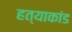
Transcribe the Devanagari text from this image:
हत्‍याकांड